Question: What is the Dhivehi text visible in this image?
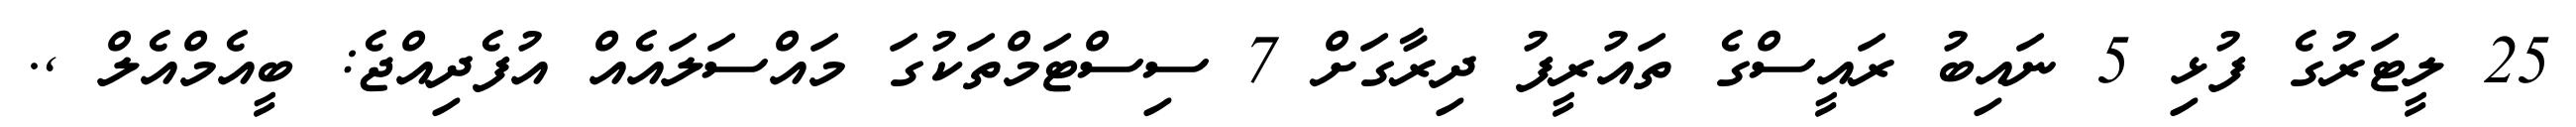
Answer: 25 ލީޓަރުގެ ފުޅި 5 ނައިބު ރައީސްގެ ތައުރީފު ދިރާގަށް 7 ސިސްޓަމްތަކުގަ މައްސަލައެއް އުފެދިއްޖެ: ބީއެމްއެލް ,.